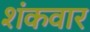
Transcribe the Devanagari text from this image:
शंकवार